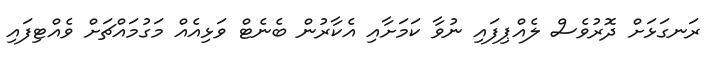
ރަނގަޅަށް ދޮރުވެސް ލެއްޕިފައި ނުވާ ކަމަށާއި އެކާރުން ބެނެޓް ވަޅިއެއް މަގުމައްޗަށް ވެއްޓިފައި